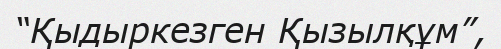
“Қыдыркезген Қызылқұм”,